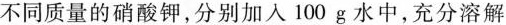
不同质量的硝酸钾，分别加入100g水中，充分溶解